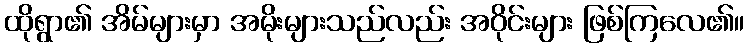
ထိုရွာ၏ အိမ်များမှာ အမိုးများသည်လည်း အဝိုင်းများ ဖြစ်ကြလေ၏။